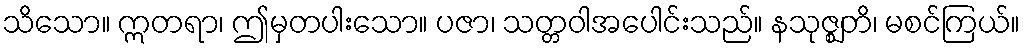
သိသော။ ဣတရာ၊ ဤမှတပါးသော။ ပဇာ၊ သတ္တဝါအပေါင်းသည်။ နသုဇ္ဈတိ၊ မစင်ကြယ်။